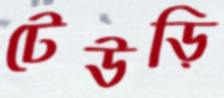
টেউড়ি